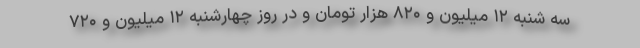
سه شنبه ۱۲ میلیون و ۸۲۰ هزار تومان و در روز چهارشنبه ۱۲ میلیون و ۷۲۰